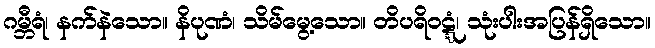
ဂမ္ဘီရံ၊ နက်နဲသော။ နိပုဏံ၊ သိမ်မွေ့သော။ တိပရိဝဋ္ဋံ၊ သုံးပါးအပြန်ရှိသော။